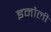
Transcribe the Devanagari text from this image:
इनौली